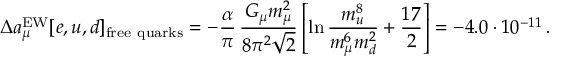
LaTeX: \Delta a _ { \mu } ^ { \mathrm { E W } } [ e , u , d ] _ { \mathrm { f r e e ~ q u a r k s } } = - \frac { \alpha } { \pi } \, \frac { G _ { \mu } m _ { \mu } ^ { 2 } } { 8 \pi ^ { 2 } \sqrt { 2 } } \left[ \ln \frac { m _ { u } ^ { 8 } } { m _ { \mu } ^ { 6 } m _ { d } ^ { 2 } } + \frac { 1 7 } { 2 } \right] = - 4 . 0 \cdot 1 0 ^ { - 1 1 } \, .